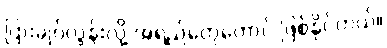
ပြားချပ်လွန်းလို့ အရည်တွေတောင် ဖြစ်နိုင်တယ်။